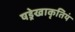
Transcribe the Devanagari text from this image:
षड्रेखाकृतियं